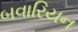
બવારિયન